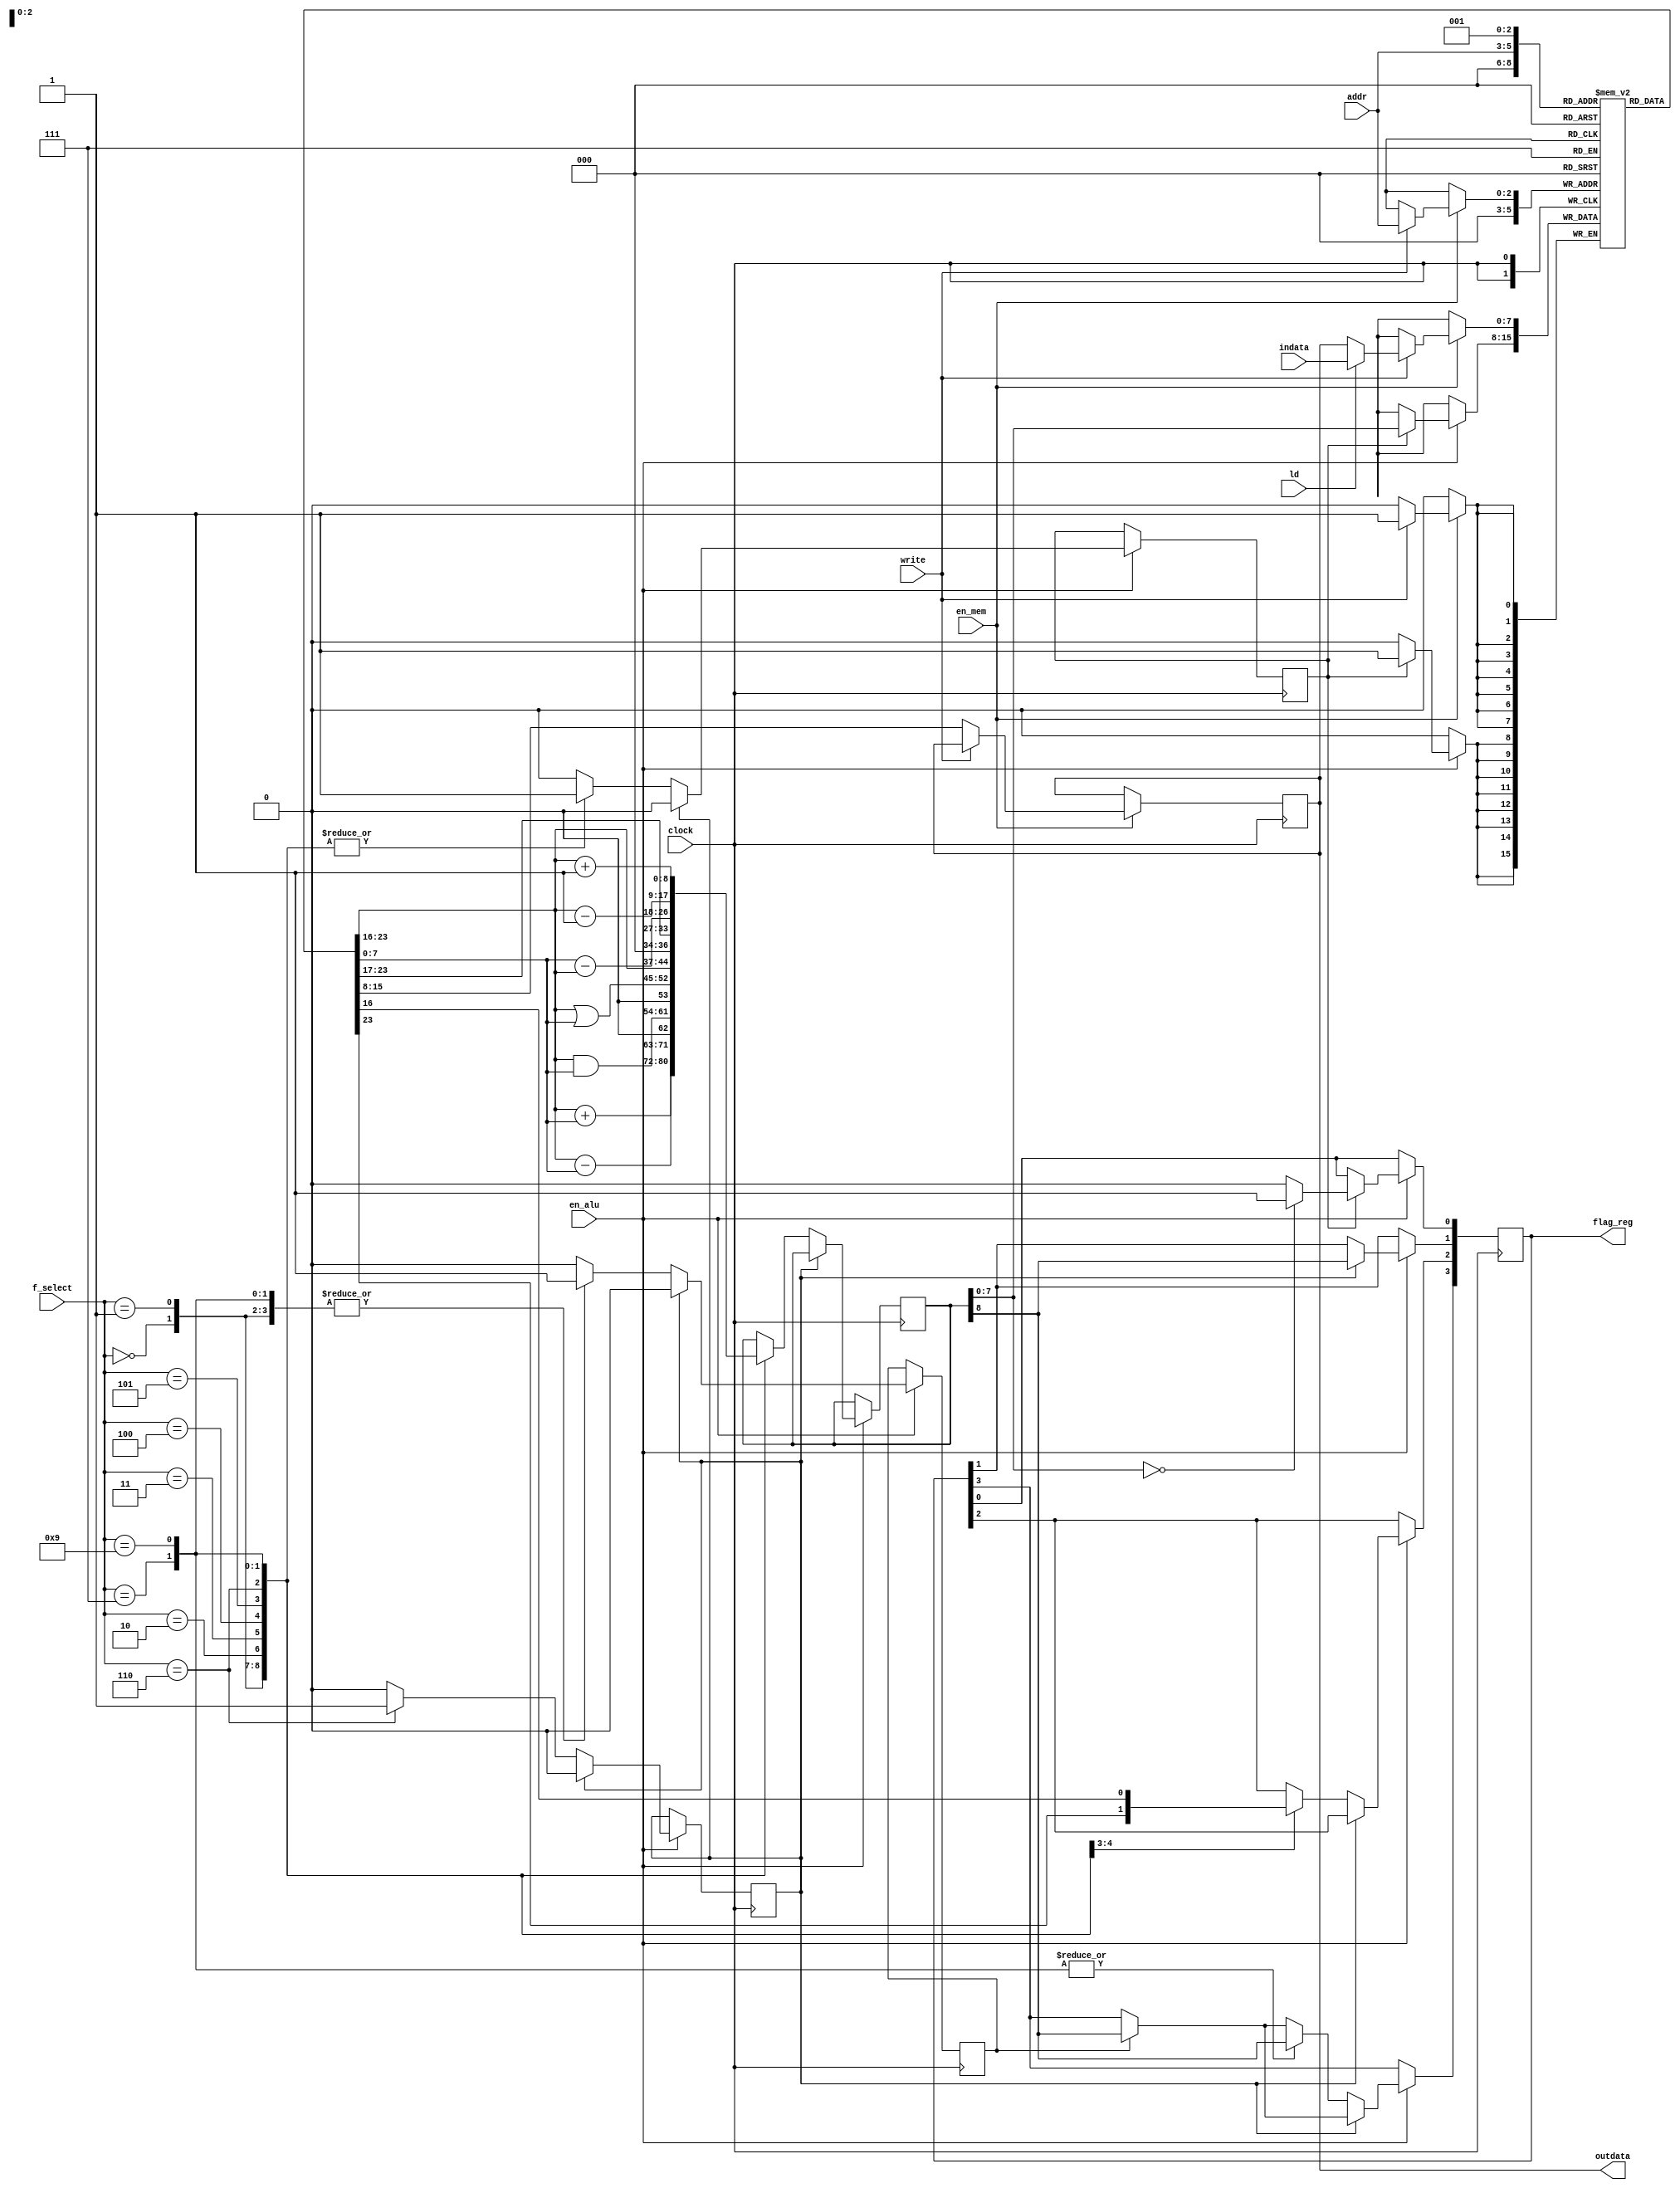
`timescale 1 ns / 1 ps
////////////////////////////////////////////////////////////
module exec_unit(clock,ld,write,en_alu,en_mem,addr,indata,outdata,f_select,flag_reg);
input [7:0] indata;
wire [7:0] DataIn;
input clock,ld,write,en_alu,en_mem;
input [2:0] addr;
reg [7:0] outdr;
reg set_zero,set_ovf,set_cmp;
output reg [3:0] flag_reg = 0;
reg [8:0] check=0;
output [7:0] outdata;
reg [7:0] Mem [0:5];
input [3:0] f_select;
assign outdata = outdr;
assign DataIn = ld ? indata : outdr; 
initial
begin
set_zero=0;
set_cmp=0;
set_ovf=0;
end
always @(posedge clock)
begin
if (en_mem)
    begin
		if (write) 
		Mem [addr] <= DataIn; // Write
		else 
        outdr <= Mem [addr];
    end
if (en_alu)
begin
if (set_zero)
begin
Mem [0] <= check [7:0];
if (check [7:0] == 0)
begin
flag_reg [0] <= 1; 
end
else 
begin
flag_reg [0] <= 0;
end
set_zero <= 0;
end
if (set_ovf)
begin
flag_reg [3] <= check [8];
set_ovf <= 0;
end
if (set_cmp)
begin
flag_reg [1] <= check [8];
set_cmp <= 0;
end
else
begin
case(f_select)
	4'b0000:
			begin  //add
			check  <= Mem [0]+Mem [1];
			set_ovf <= 1; 
			set_zero <= 1;
			end
	4'b0001: begin  //sub
			check  <= Mem [0]-Mem [1];
			set_zero <= 1;
			set_ovf <= 1;
			end
	4'b0010: begin  //and
			 check <= Mem [0]&Mem [1];
			 set_zero <= 1;
			 end
	4'b0011: begin     //or
	         check <= Mem [0]|Mem [1];
			 set_zero <= 1;
			 end
	4'b0100: begin     //ls
			 flag_reg [2] <= Mem [0] [7];
			 check <= Mem [0]<<1;
			 set_zero <= 1;
			end
	4'b0101: begin          //rs
			 flag_reg [2] <= Mem [0] [0];
			 check <= Mem [0]>>1;
			 set_zero <= 1;
			 end
	4'b0110: begin               //cmp
			 check  <= Mem [1]-Mem [0];
			 set_zero <= 1;
			 set_cmp <= 1;
			 end
	4'b0111: begin  //dec
			 check <= Mem [0] - 1;
			 flag_reg [3] <= check [8];
			 set_zero <= 1;
			 set_ovf <= 1;
			 end
	4'b1001: begin  //inc 
			 check <= Mem [0] + 1;
			 flag_reg [3] <= check [8];
			 set_zero <= 1;
			 set_ovf <= 1;
			 end
endcase
end
end 
end
    
endmodule

///////////////////////////////////////////////////////////////////
module idec(pm_cont,op1,op2,op3,data,opcode,ram_addr);
input [31:0] pm_cont;
output [2:0] op1,op2,op3;
output [7:0] data;
output [4:0] opcode;
output [9:0] ram_addr;
assign data = pm_cont [21:14];
assign op1 = pm_cont [13:11];
assign op2 = pm_cont [10:8];
assign op3 = pm_cont [7:5];
assign opcode = pm_cont [4:0];
assign ram_addr = pm_cont [31:22];
endmodule
//////////////////////////////////////////////////////////////
module eucl(clock,op1,op2,op3,data,opcode,dataout,p_c,p_c_out,en_ram,wram,str,ld_m);
input [7:0] p_c;
input [7:0] data;
input [2:0] op1,op2,op3;
input [4:0] opcode;
output [7:0] p_c_out;
wire [3:0] flag;
output reg en_ram,wram,str,ld_m;
reg [7:0] branch;
reg p_c_val,cint; 
input clock;
output [7:0] dataout;
reg ld,write,en_alu,en_mem;
reg [2:0] addr;
reg [3:0] control_bus;
reg [4:0] state = 5'b00000;
assign p_c_out = cint ? branch : p_c + p_c_val;
initial 
begin 
p_c_val = 0;
branch=0;
cint=0;
ld_m=0;
str=0;
ld=0;
write=0;
en_alu=0;
en_mem=0;
branch = 0;
wram=0;
en_ram=0;
end
exec_unit EU(.clock(clock),.ld(ld),.write(write),.en_alu(en_alu),.en_mem(en_mem),.addr(addr),.indata(data),.outdata(dataout),.f_select(control_bus),.flag_reg(flag));

always @(posedge clock)
begin

cint <=0;
ld<=0;
write<=0;
en_alu<=0;
en_mem <=0;
p_c_val<=0;
wram <= 0;
en_ram <= 0;
branch <= data;
str <= 0;
ld_m <= 0;

if (state==5'b01111) //PFCL
begin
state<=5'b00000;
p_c_val<=1;
end 

else if (state==5'b11111) //PFCL
begin
cint <= 1;
state <= 5'b00000;
end

else if(opcode==5'b00001) // move
begin
if (state==5'b00000)
begin
addr <= op1;
en_mem <= 1;
state <= 5'b00001;
end 
else if (state==5'b00001)
begin
addr <=op2;
en_mem <= 1;
write <= 1;
state <= 5'b01111;
end
end

else if (opcode==5'b00010) //load immediate
begin
if (state==5'b00000)
begin
addr <= op1;
ld <= 1;
en_mem <= 1;
write <= 1;
state <= 5'b01111;
end
end

else if (opcode==5'b00011) //add
begin
if (state==5'b00000)
begin
addr <= op1;
en_mem <= 1;
state <= 5'b00001;
end 
else if (state==5'b00001)
begin
addr <=3'b000;
en_mem <= 1;
write <= 1;
state <= 5'b00010;
end
else if (state==5'b00010)
begin
addr <= op2;
en_mem <= 1;
state <= 5'b00011;
end 
else if (state==5'b00011)
begin
addr <=3'b001;
en_mem <= 1;
write <= 1;
state <= 5'b00100;
end
else if (state==5'b00100)
begin
control_bus <= 4'b0000;
en_alu <= 1 ;
state <= 5'b00101;
end
else if (state==5'b00101)
begin
en_alu <=1;
state<=5'b00110;
end
else if (state==5'b00110)
begin
addr <= 3'b000 ;
en_mem <= 1;
state <= 5'b00111;
end
else if (state==5'b00111)
begin
addr <= op3;
en_mem <= 1;
write <= 1;
state <= 5'b01111;
end
end

else if (opcode==5'b00100) //sub
begin
if (state==5'b00000)
begin
addr <= op1;
en_mem <= 1;
state <= 5'b00001;
end 
else if (state==5'b00001)
begin
addr <=3'b000;
en_mem <= 1;
write <= 1;
state <= 5'b00010;
end
else if (state==5'b00010)
begin
addr <= op2;
en_mem <= 1;
state <= 5'b00011;
end 
else if (state==5'b00011)
begin
addr <=3'b001;
en_mem <= 1;
write <= 1;
state <= 5'b00100;
end
else if (state==5'b00100)
begin
control_bus <= 4'b0001;
en_alu <= 1 ;
state <= 5'b00101;
end
else if (state==5'b00101)
begin
en_alu <=1;
state<=5'b00110;
end
else if (state==5'b00110)
begin
addr <= 3'b000 ;
en_mem <= 1;
state <= 5'b00111;
end
else if (state==5'b00111)
begin
addr <= op3;
en_mem <= 1;
write <= 1;
state <= 5'b01111;
end
end

else if (opcode==5'b00101) //and
begin
if (state==5'b00000)
begin
addr <= op1;
en_mem <= 1;
state <= 5'b00001;
end 
else if (state==5'b00001)
begin
addr <=3'b000;
en_mem <= 1;
write <= 1;
state <= 5'b00010;
end
else if (state==5'b00010)
begin
addr <= op2;
en_mem <= 1;
state <= 5'b00011;
end 
else if (state==5'b00011)
begin
addr <=3'b001;
en_mem <= 1;
write <= 1;
state <= 5'b00100;
end
else if (state==5'b00100)
begin
control_bus <= 4'b0010;
en_alu <= 1 ;
state <= 5'b00101;
end
else if (state==5'b00101)
begin
en_alu <=1;
state<=5'b00110;
end
else if (state==5'b00110)
begin
addr <= 3'b000 ;
en_mem <= 1;
state <= 5'b00111;
end
else if (state==5'b00111)
begin
addr <= op3;
en_mem <= 1;
write <= 1;
state <= 5'b01111;
end
end

else if (opcode==5'b00110) //or
begin
if (state==5'b00000)
begin
addr <= op1;
en_mem <= 1;
state <= 5'b00001;
end 
else if (state==5'b00001)
begin
addr <=3'b000;
en_mem <= 1;
write <= 1;
state <= 5'b00010;
end
else if (state==5'b00010)
begin
addr <= op2;
en_mem <= 1;
state <= 5'b00011;
end 
else if (state==5'b00011)
begin
addr <=3'b001;
en_mem <= 1;
write <= 1;
state <= 5'b00100;
end
else if (state==5'b00100)
begin
control_bus <= 4'b0011;
en_alu <= 1 ;
state <= 5'b00101;
end
else if (state==5'b00101)
begin
en_alu <=1;
state<=5'b00110;
end
else if (state==5'b00110)
begin
addr <= 3'b000 ;
en_mem <= 1;
state <= 5'b00111;
end
else if (state==5'b00111)
begin
addr <= op3;
en_mem <= 1;
write <= 1;
state <= 5'b01111;
end
end

else if (opcode==5'b00111) //ls
begin
if (state==5'b00000)
begin
addr <= op1;
en_mem <= 1;
state <= 5'b00001;
end 
else if (state==5'b00001)
begin
addr <=3'b000;
en_mem <= 1;
write <= 1;
state <= 5'b00010;
end
else if (state==5'b00010)
begin
control_bus <= 4'b0100;
en_alu <= 1 ;
state <= 5'b00011;
end
else if (state==5'b00011)
begin
en_alu <=1;
state<=5'b00100;
end
else if (state==5'b00100)
begin
addr <= 3'b000 ;
en_mem <= 1;
state <= 5'b00101;
end
else if (state==5'b00101)
begin
addr <= op1;
en_mem <= 1;
write <= 1;
state <= 5'b01111;
end
end

else if (opcode==5'b01001) //rs
begin
if (state==5'b00000)
begin
addr <= op1;
en_mem <= 1;
state <= 5'b00001;
end 
else if (state==5'b00001)
begin
addr <=3'b000;
en_mem <= 1;
write <= 1;
state <= 5'b00010;
end
else if (state==5'b00010)
begin
control_bus <= 4'b0101;
en_alu <= 1 ;
state <= 5'b00011;
end
else if (state==5'b00011)
begin
en_alu <=1;
state<=5'b00100;
end
else if (state==5'b00100)
begin
addr <= 3'b000 ;
en_mem <= 1;
state <= 5'b00101;
end
else if (state==5'b00101)
begin
addr <= op1;
en_mem <= 1;
write <= 1;
state <= 5'b01111;
end
end

else if (opcode==5'b01010) //store
begin
if (state==5'b00000)
begin
addr <= op1;
en_mem <= 1;
state <= 5'b00001;
end
else if (state==1)
begin
en_ram <= 1;
wram <= 1;
str <= 1;
state <= 5'b01111;
end
end

else if (opcode==5'b01011) //compare flag set if op1 > op2
begin
if (state==5'b00000)
begin
addr <= op1;
en_mem <= 1;
state <= 5'b00001;
end 
else if (state==5'b00001)
begin
addr <=3'b000;
en_mem <= 1;
write <= 1;
state <= 5'b00010;
end
else if (state==5'b00010)
begin
addr <= op2;
en_mem <= 1;
state <= 5'b00011;
end 
else if (state==5'b00011)
begin
addr <=3'b001;
en_mem <= 1;
write <= 1;
state <= 5'b00100;
end
else if (state==5'b00100)
begin
control_bus <= 4'b0110;
en_alu <= 1 ;
state <= 5'b00101;
end
else if (state==5'b00101)
begin
en_alu <= 1 ;
state <=  5'b01111;
end
end

else if (opcode==5'b01100) //Branch if overflow
begin
if (state==5'b00000)
begin
if (flag [3])
state <= 5'b11111;
else
state <= 5'b01111;
end
end

else if (opcode==5'b01101) //Branch if greater
begin
if (state==5'b00000)
begin
if (flag [1])
state <= 5'b11111;
else
state <= 5'b01111;
end
end

else if (opcode==5'b01110) //Branch if lesser
begin
if (state==5'b00000)
begin
if (!(flag [1]) & !(flag [0]))
state <= 5'b11111;
else
state <= 5'b01111;
end
end

else if (opcode==5'b01111) //Branch if zero (could be used as branch if equal)
begin
if (state==5'b00000)
begin
if (flag [0])
state <= 5'b11111;
else
state <= 5'b01111;
end
end

else if (opcode==5'b10001) //Branch if shifted out bit 
begin
if (state==5'b00000)
begin
if (flag [2])
state <= 5'b11111;
else
state <= 5'b01111;
end
end

else if (opcode==5'b10010) //Jump
begin
if (state==5'b00000)
state <= 5'b11111;
end

else if (opcode==5'b10011) //load from memory
begin
if (state==5'b00000)
begin
en_ram <= 1;
ld_m <= 1;  
state <= 5'b00001;
end
else if (state==5'b00001)
begin
ld_m <= 1;
en_ram <= 1;
addr <= op1;
ld <= 1;
en_mem <= 1;
write <= 1;
state <= 5'b01111;
end
end

else if (opcode==5'b10100) // Load memory (RAM) immediate
begin
en_ram <= 1;
wram <= 1;
state <= 5'b01111;
end

else if (opcode==5'b10101) //Inc
begin
if (state==0)
begin
addr <= op1;
en_mem <= 1;
state <= 1;
end
else if (state==1)
begin
addr <= 3'b000;
en_mem <= 1;
write <= 1;
state <= 2;
end
else if (state==2)
begin
en_alu <= 1;
control_bus <= 4'b1001;
state <= 3;
end
else if (state==3)
begin
en_alu <= 1;
state <= 4;
end
else if (state==4)
begin
addr <= 3'b000;
en_mem <= 1;
state <= 5; 
end
else if (state==5)
begin
addr <= op1;
en_mem <= 1;
write <= 1;
state <= 5'b01111;
end
end

else if (opcode==5'b10110) //Dec
begin
if (state==0)
begin
addr <= op1;
en_mem <= 1;
state <= 1;
end
else if (state==1)
begin
addr <= 3'b000;
en_mem <= 1;
write <= 1;
state <= 2;
end
else if (state==2)
begin
en_alu <= 1;
control_bus <= 4'b0111;
state <= 3;
end
else if (state==3)
begin
en_alu <= 1;
state <= 4;
end
else if (state==4)
begin
addr <= 3'b000;
en_mem <= 1;
state <= 5; 
end
else if (state==5)
begin
addr <= op1;
en_mem <= 1;
write <= 1;
state <= 5'b01111;
end
end

end
endmodule
////////////////////////////////////////////////////////
module program_memory(p_c,instr);
input [7:0] p_c;
reg [31:0] p_m [0:255];
output [31:0] instr;
initial begin
//p_m [0] = 32'b00000000000000011001000000000010;
//p_m [1] = 32'b00000000000000100010000000000010;
//p_m [2] = 32'b00000000000000000001010001000011;
//p_m [3] = 32'b00000000000000011001000000000010;
//p_m [4] = 32'b00000000000000010010000000000010;
//p_m [5] = 32'b00000000000000000001010001000100;
//p_m [6] = 32'b00000000000000000000000000000000;
$readmemb("./prog.dat", p_m);
end
assign instr = p_m [p_c];
endmodule
///////////////////////////////////////////////////////
module control_unit(clock,data_out);
input clock;
output [7:0] data_out;
wire [9:0] ram_ad;
reg [7:0] p_c = 0;
wire [7:0] pfcl,data,ram_out,ram_in,data_eucl;
wire [2:0] op1,op2,op3;
wire [4:0] opcode;
wire [31:0] instr;
wire en_ram,ram_w,str,ld_m;
assign ram_in = str ? data_out : data;  //store vs load immediate
assign data_eucl = ld_m ? ram_out : data; //load immediate reg vs load  
program_memory PM(.p_c(pfcl),.instr(instr));
idec IDE(.pm_cont(instr),.op1(op1),.op2(op2),.op3(op3),.data(data),.opcode(opcode),.ram_addr(ram_ad));
eucl EUCL(.clock(clock),.op1(op1),.op2(op2),.op3(op3),.data(data_eucl),.opcode(opcode),.dataout(data_out),.p_c(p_c),.p_c_out(pfcl),.en_ram(en_ram),.wram(ram_w),.str(str),.ld_m(ld_m));
main_memory RAM(.clock(clock),.enable(en_ram),.Write(ram_w),.Address(ram_ad),.DataIn(ram_in),.DataOut(ram_out));
always @(posedge clock)
begin
p_c <= pfcl;
end
endmodule
////////////////////////////////////////////////////////
module main_memory (clock,enable,Write, Address, DataIn, DataOut);
	input clock,Write,enable;
	input [7: 0] DataIn;
	input [9: 0] Address;
	output reg [7: 0] DataOut;
	reg [7: 0] Mem [0: 1023]; // 1024 x 8 memory
	always @ (posedge clock)
    begin
    if (enable)
    begin
		if (Write) 
		Mem [Address] <= DataIn; // Write
		else 
        DataOut <= Mem [Address];
    end
    end
endmodule
///////////////////////////////////////////////////
/* END OF CODE 
/////////////////////////////////////////////////////
SPECIFICATIONS:
6 x 8 internal registers
1024 x 8 RAM
21 Opcodes
4 bit Flag Register
/////////////////////////////////////////////////////
DECODING INSTRUCTIONS:
Each instruction consists of 32 bits.
It could be divided as:
Bits 31:22 RAM Address
Bits 21:14 Data (for immediate loading)
Bits 13:11 Input Operand 1 (register's address)
Bits 10:8 Input Operand 2
Bits 8:6 Output Operand
Bits 5:0 Opcode
//////////////////////////////////////////////////////
OPCODES:
1 00001  move
2 00010 load register (immediate data)
3 00011 add
4 00100 sub
5 00101 and
6 00110 or
7 00111 ls
8 01001 rs
9 01010 store
10 01011 compare flag set if op1 > op2
11 01100 Branch if overflow
12 01101 Branch if greater
13 01110 Branch if lesser
14 01111 Branch if zero (could be used as branch if equal)
15 10001 Branch if shifted out bit 
16 10010 Jump
17 10011 load from memory
18 10100 Load memory (RAM) immediate
19 10101 Inc 
20 10110 Dec 
21 00000 EOP                                       
//////////////////////////////////////////////////////
           END                                      */
//////////////////////////////////////////////////////